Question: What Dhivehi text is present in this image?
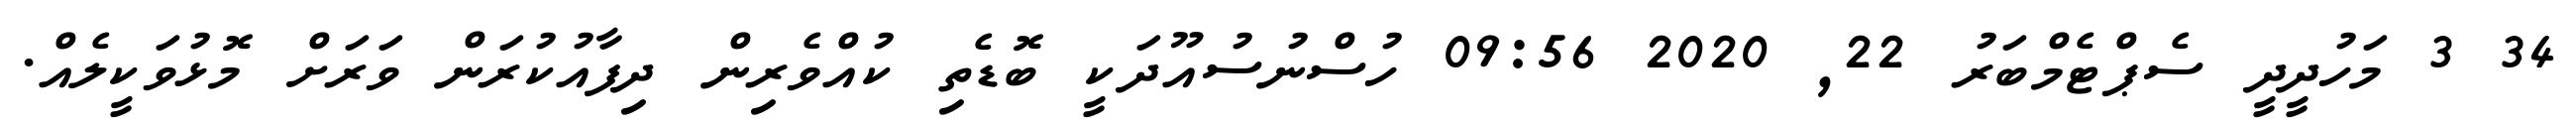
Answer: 34 3 މަހުދީދީ ސެޕްޓެމްބަރު 22, 2020 09:56 ހުސްނުސުއޫދަކީ ބޮޑެތި ކުއްވެރިން ދިފާއުކުރަން ވަރަށް މޮޅުވަކީލެއް.